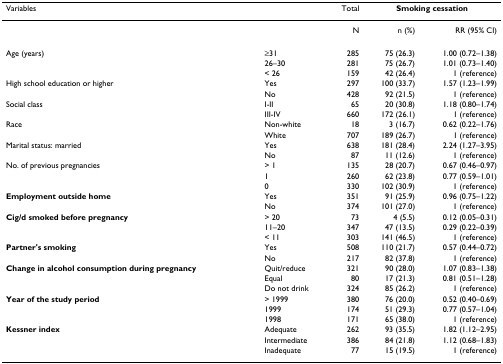
<table><thead><tr><td><b>Variables</b></td><td></td><td><b>Total</b></td><td colspan="2"><b>Smoking cessation</b></td></tr></thead><tbody><tr><td></td><td></td><td>N</td><td>n (%)</td><td>RR (95% CI)</td></tr><tr><td>Age (years)</td><td>≥31</td><td>285</td><td>75 (26.3)</td><td>1.00 (0.72–1.38)</td></tr><tr><td></td><td>26–30</td><td>281</td><td>75 (26.7)</td><td>1.01 (0.73–1.40)</td></tr><tr><td></td><td>&lt; 26</td><td>159</td><td>42 (26.4)</td><td>1 (reference)</td></tr><tr><td>High school education or higher</td><td>Yes</td><td>297</td><td>100 (33.7)</td><td>1.57 (1.23–1.99)</td></tr><tr><td></td><td>No</td><td>428</td><td>92 (21.5)</td><td>1 (reference)</td></tr><tr><td>Social class</td><td>I-II</td><td>65</td><td>20 (30.8)</td><td>1.18 (0.80–1.74)</td></tr><tr><td></td><td>III-IV</td><td>660</td><td>172 (26.1)</td><td>1 (reference)</td></tr><tr><td>Race</td><td>Non-white</td><td>18</td><td>3 (16.7)</td><td>0.62 (0.22–1.76)</td></tr><tr><td></td><td>White</td><td>707</td><td>189 (26.7)</td><td>1 (reference)</td></tr><tr><td>Marital status: married</td><td>Yes</td><td>638</td><td>181 (28.4)</td><td>2.24 (1.27–3.95)</td></tr><tr><td></td><td>No</td><td>87</td><td>11 (12.6)</td><td>1 (reference)</td></tr><tr><td>No. of previous pregnancies</td><td>&gt; 1</td><td>135</td><td>28 (20.7)</td><td>0.67 (0.46–0.97)</td></tr><tr><td></td><td>1</td><td>260</td><td>62 (23.8)</td><td>0.77 (0.59–1.01)</td></tr><tr><td></td><td>0</td><td>330</td><td>102 (30.9)</td><td>1 (reference)</td></tr><tr><td><b>Employment outside home</b></td><td>Yes</td><td>351</td><td>91 (25.9)</td><td>0.96 (0.75–1.22)</td></tr><tr><td></td><td>No</td><td>374</td><td>101 (27.0)</td><td>1 (reference)</td></tr><tr><td><b>Cig/d smoked before pregnancy</b></td><td>&gt; 20</td><td>73</td><td>4 (5.5)</td><td>0.12 (0.05–0.31)</td></tr><tr><td></td><td>11–20</td><td>347</td><td>47 (13.5)</td><td>0.29 (0.22–0.39)</td></tr><tr><td></td><td>&lt; 11</td><td>303</td><td>141 (46.5)</td><td>1 (reference)</td></tr><tr><td><b>Partner&#x27;s smoking</b></td><td>Yes</td><td>508</td><td>110 (21.7)</td><td>0.57 (0.44–0.72)</td></tr><tr><td></td><td>No</td><td>217</td><td>82 (37.8)</td><td>1 (reference)</td></tr><tr><td><b>Change in alcohol consumption during pregnancy</b></td><td>Quit/reduce</td><td>321</td><td>90 (28.0)</td><td>1.07 (0.83–1.38)</td></tr><tr><td></td><td>Equal</td><td>80</td><td>17 (21.3)</td><td>0.81 (0.51–1.28)</td></tr><tr><td></td><td>Do not drink</td><td>324</td><td>85 (26.2)</td><td>1 (reference)</td></tr><tr><td><b>Year of the study period</b></td><td>&gt; 1999</td><td>380</td><td>76 (20.0)</td><td>0.52 (0.40–0.69)</td></tr><tr><td></td><td>1999</td><td>174</td><td>51 (29.3)</td><td>0.77 (0.57–1.04)</td></tr><tr><td></td><td>1998</td><td>171</td><td>65 (38.0)</td><td>1 (reference)</td></tr><tr><td><b>Kessner index</b></td><td>Adequate</td><td>262</td><td>93 (35.5)</td><td>1.82 (1.12–2.95)</td></tr><tr><td></td><td>Intermediate</td><td>386</td><td>84 (21.8)</td><td>1.12 (0.68–1.83)</td></tr><tr><td></td><td>Inadequate</td><td>77</td><td>15 (19.5)</td><td>1 (reference)</td></tr></tbody></table>